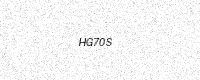
Text: HG70S